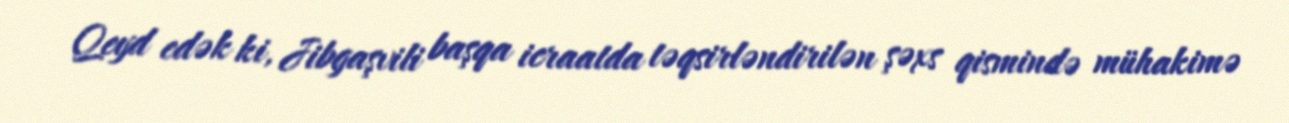
Qeyd edək ki, Jibgaşvili başqa icraatda təqsirləndirilən şəxs qismində mühakimə